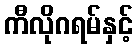
ကီလိုဂရမ်နှင့်